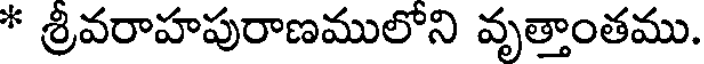
* శ్రీవరాహపురాణములోని వృత్తాంతము.